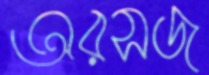
অরসজ